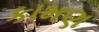
કામણ